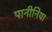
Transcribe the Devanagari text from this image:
पानीनिया